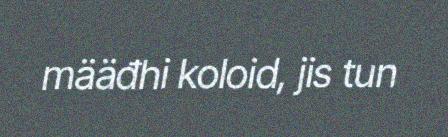
määđhi koloid, jis tun